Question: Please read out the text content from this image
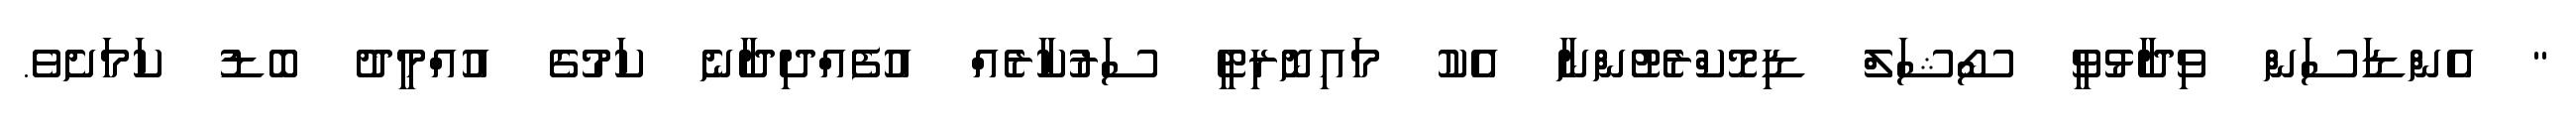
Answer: " އެންޑަސަން ވިދާޅުވީ ސޯޝަލް ޑިމޮކްރެޓުންނާ އެކު މައިނޮރިޓީ ސަރުކާރެއް އުފެއްދިދާނެ ކަމުގެ އުއްމީދު ބޮޑު ކަމަށެވެ.